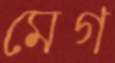
মেগ